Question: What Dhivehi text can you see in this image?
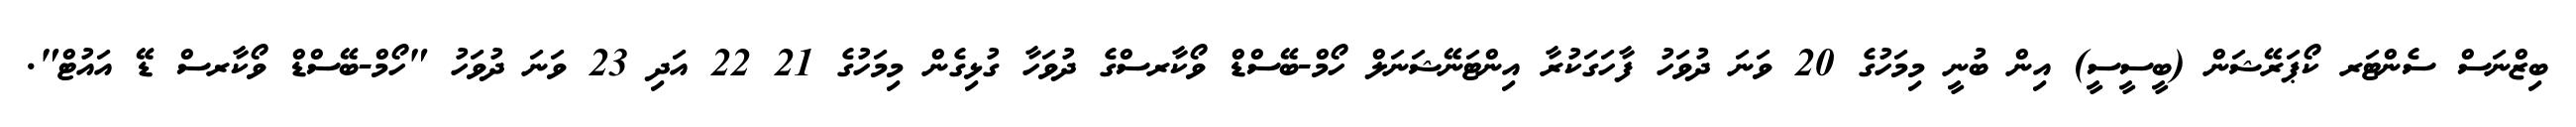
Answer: ބިޒްނަސް ސެންޓަރ ކޯޕަރޭޝަން (ބީސީސީ) އިން ބުނީ މިމަހުގެ 20 ވަނަ ދުވަހު ފާހަގަކުރާ އިންޓަނޭޝަނަލް ހޯމް-ބޭސްޑް ވޯކާރސްގެ ދުވަހާ ގުޅިގެން މިމަހުގެ 21 22 އަދި 23 ވަނަ ދުވަހު "ހޯމް-ބޭސްޑް ވޯކާރސް ޑޭ އައުޓް".